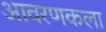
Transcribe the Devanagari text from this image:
आवरणकला